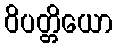
ဝိပတ္တိယော